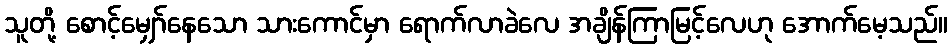
သူတို့ စောင့်မျှော်နေသော သားကောင်မှာ ရောက်လာခဲလေ အချိန်ကြာမြင့်လေဟု အောက်မေ့သည်။